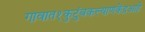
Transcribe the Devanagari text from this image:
गावात१कुटुंबकल्याणकेंद्रआहे